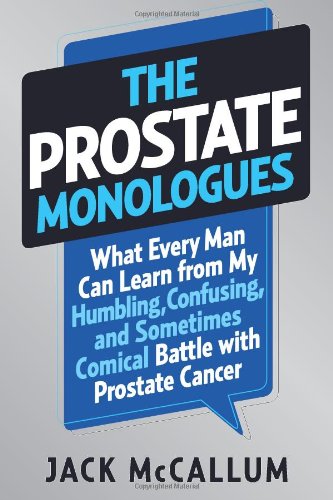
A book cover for The Prostate Monologues: What Every Man Can Learn from My Humbling, Confusing, and Sometimes Comical Battle With Prostate Cancer; Jack McCallum; Health, Fitness & Dieting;